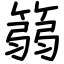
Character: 篛